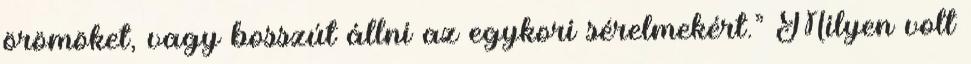
örömöket, vagy bosszút állni az egykori sérelmekért.” Milyen volt